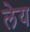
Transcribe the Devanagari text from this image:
लेय